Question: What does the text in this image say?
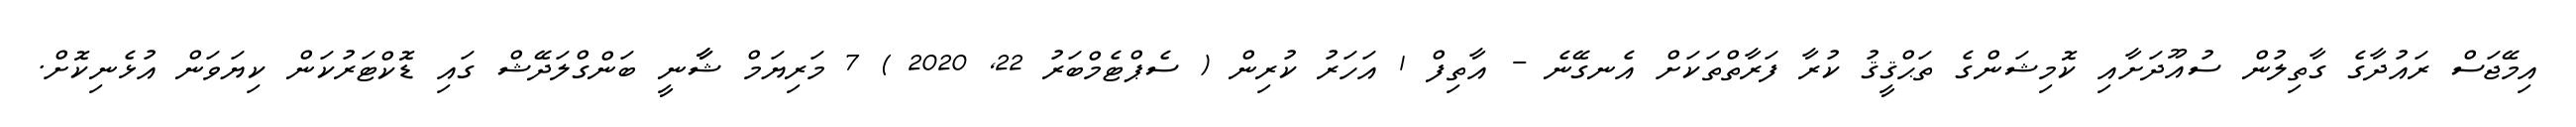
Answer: އިމޭޖަސް ރައުދާގެ ގާތިލުން ސުއޫދަށާއި ކޮމިޝަންގެ ތަޙްޤީޤު ކުރާ ފަރާތްތަކަށް އެނގޭނެ - އާތިފް 1 އަހަރު ކުރިން ( ސެޕްޓެމްބަރު 22, 2020 ) 7 މަރިޔަމް ޝާާނީ ބަންގްލަދޭޝް ގައި ޑޮކްޓަރުކަން ކިޔަވަން އުޅެނިކޮށް.